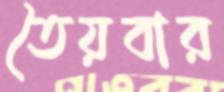
তৈয়বার